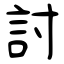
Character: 詂